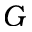
G